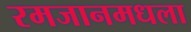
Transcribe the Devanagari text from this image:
रमजानमधला